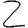
Digit: 2